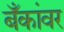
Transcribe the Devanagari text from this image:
बँकांवर